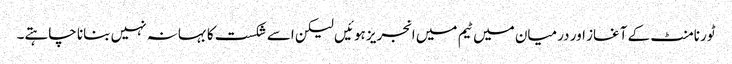
ٹورنامنٹ کے آغاز اور درمیان میں ٹیم میں انجریز ہوئیں لیکن اسے شکست کا بہانہ نہیں بنانا چاہتے۔